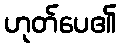
ဟုတ်ပေ၏